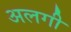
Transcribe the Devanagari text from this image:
अलगी